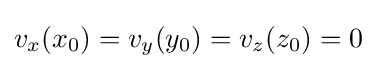
v_{x}(x_{0})=v_{y}(y_{0})=v_{z}(z_{0})=0